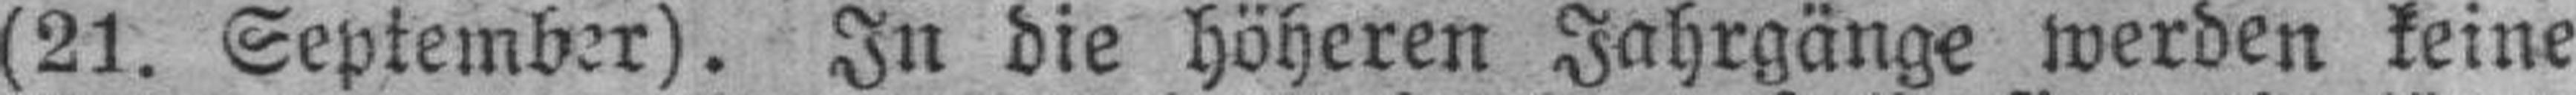
(21. September). In die höheren Jahrgänge werden keine